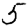
Digit: 5